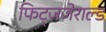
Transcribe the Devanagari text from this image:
फिट्जजेराल्ड